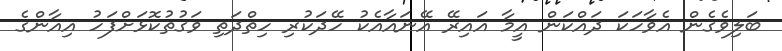
ބަލިވެގެން އެވާހަކަ ދައްކަން އީމާ އައިރޭ އޭނައާއެކު ހޭދަކުރި ހިތްދަތި ވަގުތުކޮޅަށްފަހު އިއާންގެ